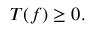
T ( f ) \geq 0 .